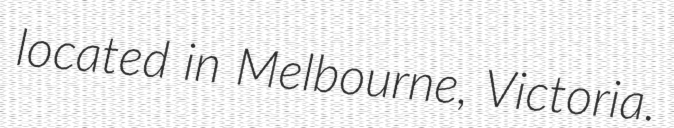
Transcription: located in Melbourne, Victoria.